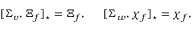
[ \Sigma _ { v } , \Xi _ { f } ] _ { \star } = \Xi _ { f } , \, \, \, \, \, \, \, \, \, [ \Sigma _ { w } , \chi _ { f } ] _ { \star } = \chi _ { f } ,